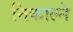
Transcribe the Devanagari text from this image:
निकाल्ने